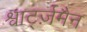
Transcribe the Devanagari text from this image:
श्वार्ट्ज़मैन